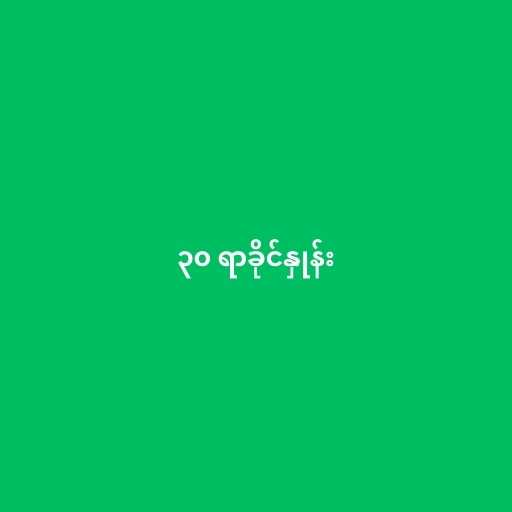
၃၀ ရာခိုင်နှုန်း